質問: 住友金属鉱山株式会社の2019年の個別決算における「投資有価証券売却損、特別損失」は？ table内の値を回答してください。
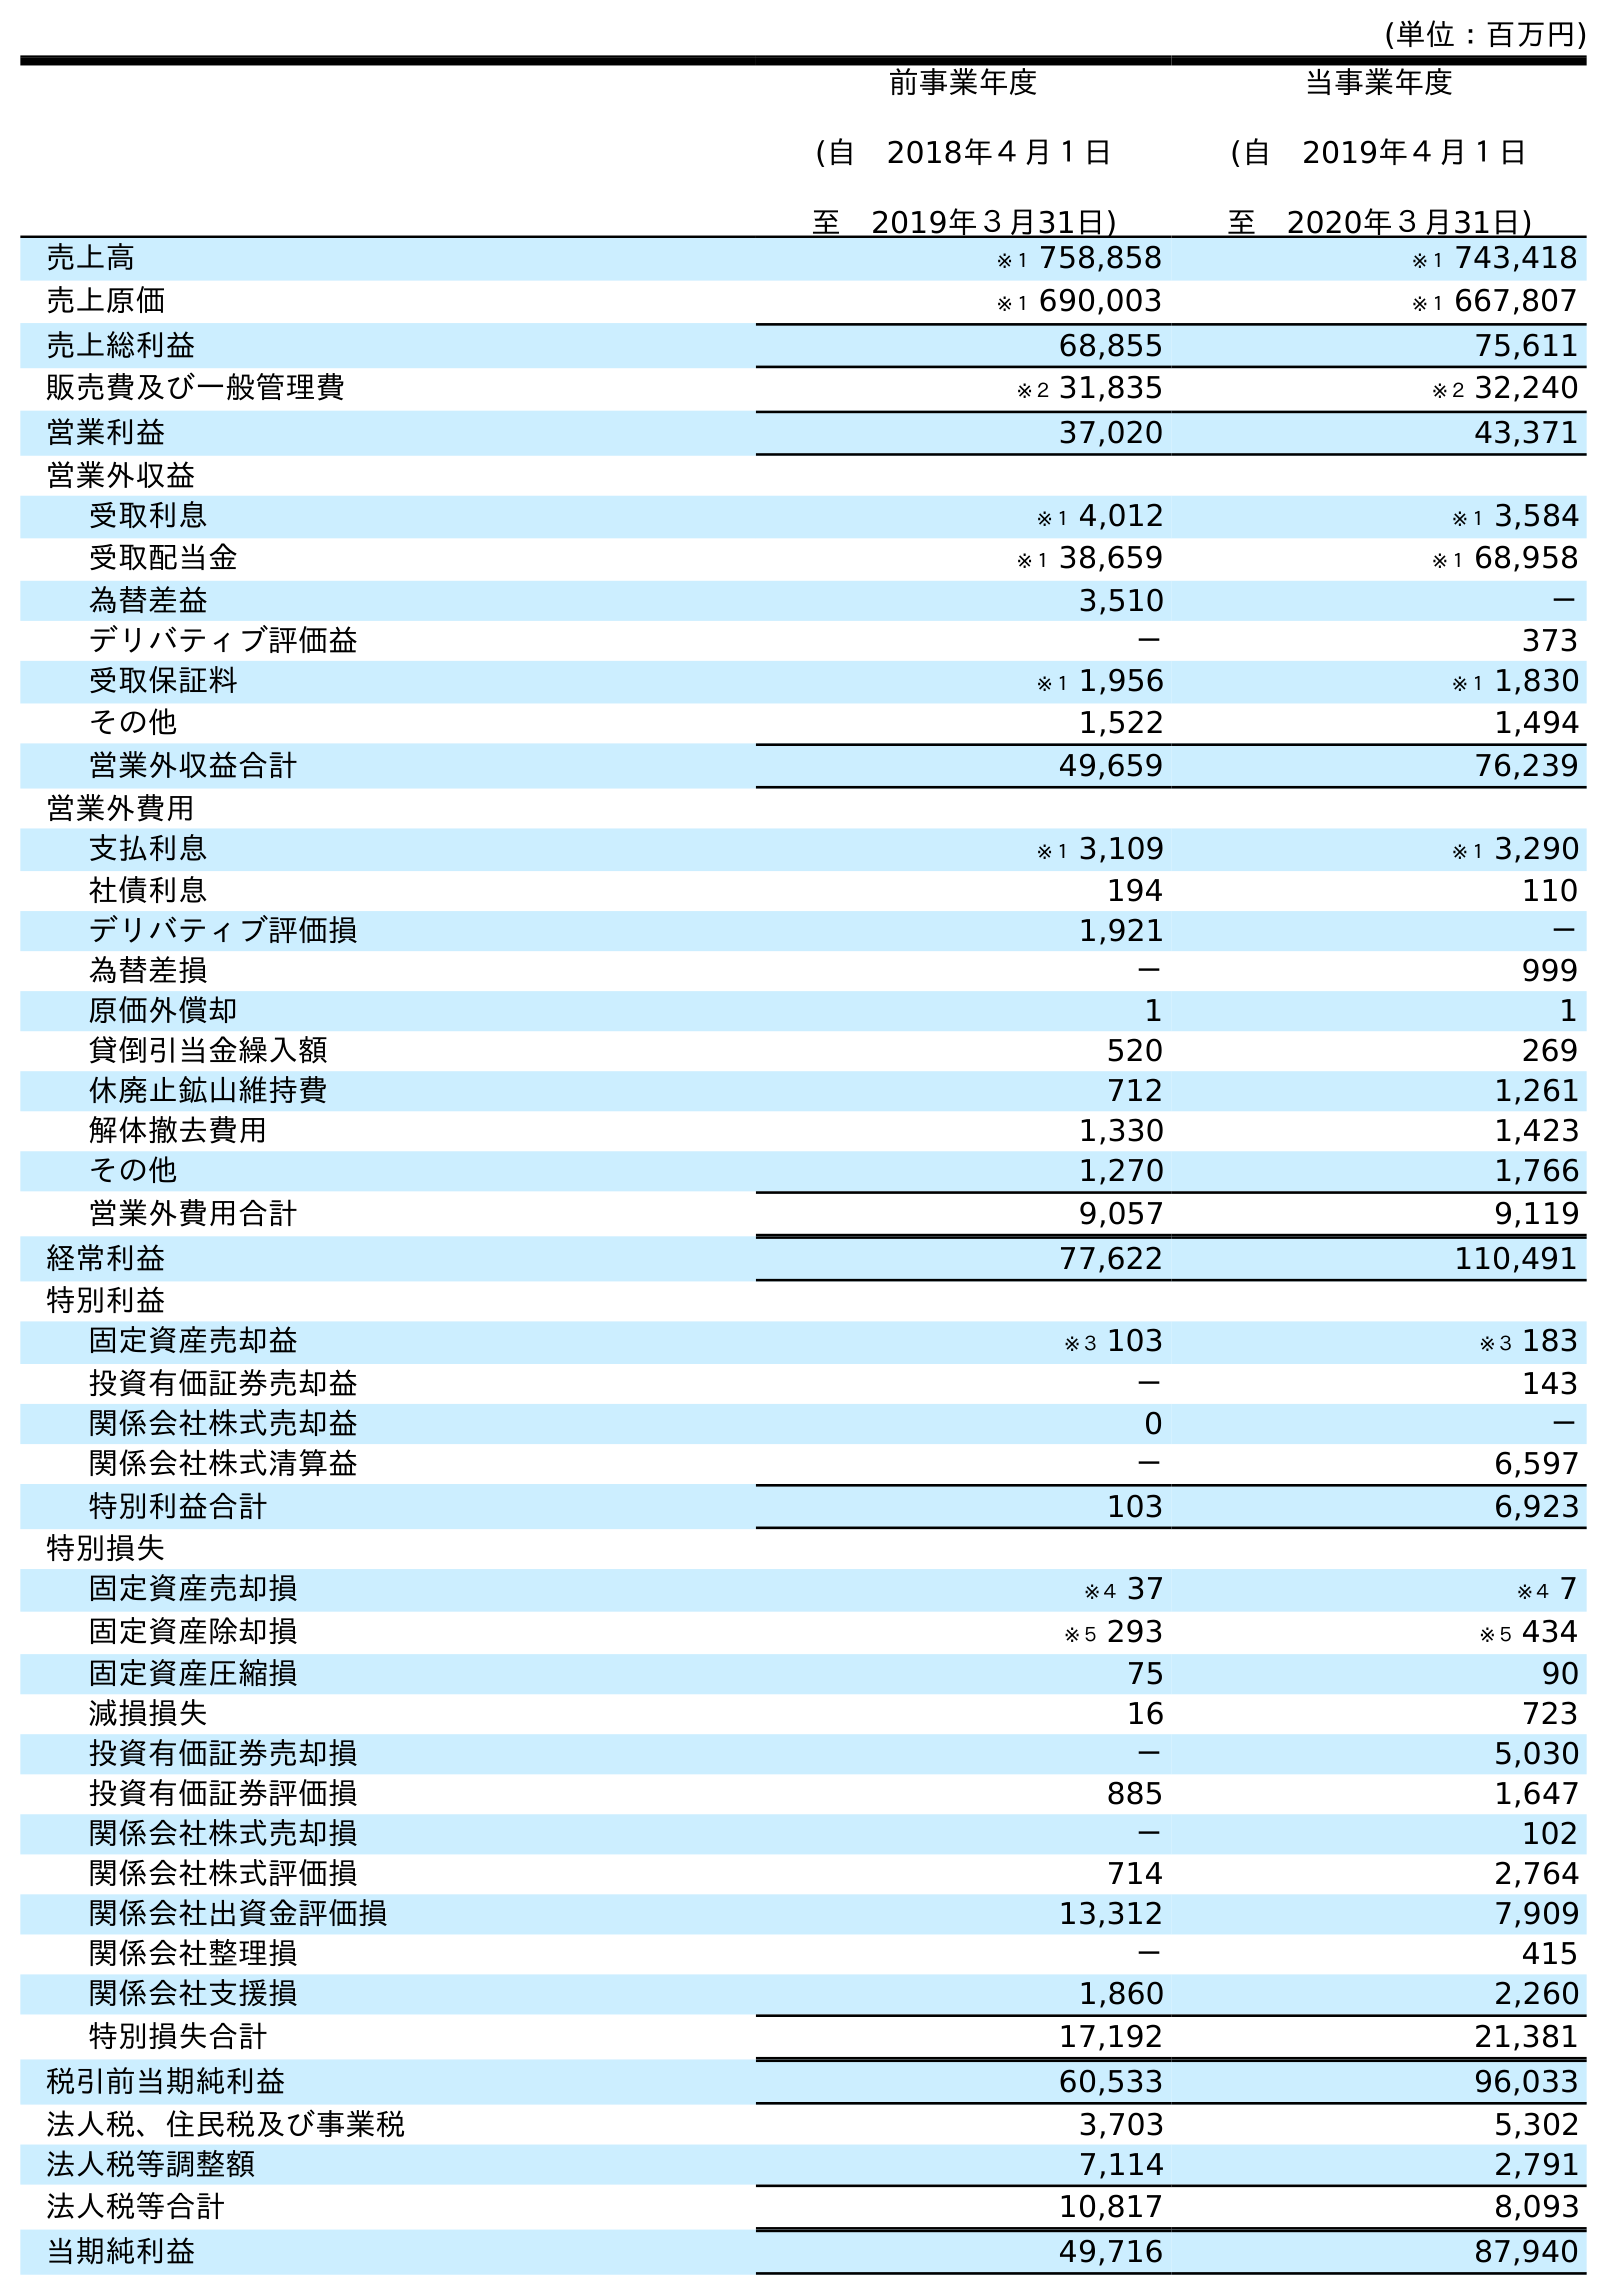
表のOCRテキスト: (単位：百万円) 前事業年度 (自 2018年４月１日 至 2019年３月31日) 当事業年度 (自 2019年４月１日 至 2020年３月31日) 売上高 ※１ 758,858 ※１ 743,418 売上原価 ※１ 690,003 ※１ 667,807 売上総利益 68,855 75,611 販売費及び一般管理費 ※２ 31,835 ※２ 32,240 営業利益 37,020 43,371 営業外収益 受取利息 ※１ 4,012 ※１ 3,584 受取配当金 ※１ 38,659 ※１ 68,958 為替差益 3,510 － デリバティブ評価益 － 373 受取保証料 ※１ 1,956 ※１ 1,830 その他 1,522 1,494 営業外収益合計 49,659 76,239 営業外費用 支払利息 ※１ 3,109 ※１ 3,290 社債利息 194 110 デリバティブ評価損 1,921 － 為替差損 － 999 原価外償却 1 1 貸倒引当金繰入額 520 269 休廃止鉱山維持費 712 1,261 解体撤去費用 1,330 1,423 その他 1,270 1,766 営業外費用合計 9,057 9,119 経常利益 77,622 110,491 特別利益 固定資産売却益 ※３ 103 ※３ 183 投資有価証券売却益 － 143 関係会社株式売却益 0 － 関係会社株式清算益 － 6,597 特別利益合計 103 6,923 特別損失 固定資産売却損 ※４ 37 ※４ 7 固定資産除却損 ※５ 293 ※５ 434 固定資産圧縮損 75 90 減損損失 16 723 投資有価証券売却損 － 5,030 投資有価証券評価損 885 1,647 関係会社株式売却損 － 102 関係会社株式評価損 714 2,764 関係会社出資金評価損 13,312 7,909 関係会社整理損 － 415 関係会社支援損 1,860 2,260 特別損失合計 17,192 21,381 税引前当期純利益 60,533 96,033 法人税、住民税及び事業税 3,703 5,302 法人税等調整額 7,114 2,791 法人税等合計 10,817 8,093 当期純利益 49,716 87,940
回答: －